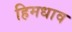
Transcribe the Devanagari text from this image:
हिमधाव